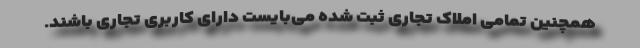
همچنین تمامی املاک تجاری ثبت شده می‌بایست دارای کاربری تجاری باشند.